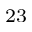
^ { 2 3 }